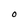
Character: O